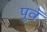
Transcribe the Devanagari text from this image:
पूवॅ